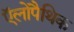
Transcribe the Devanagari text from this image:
ऍलोपैथिक